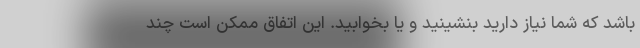
باشد که شما نیاز دارید بنشینید و یا بخوابید. این اتفاق ممکن است چند